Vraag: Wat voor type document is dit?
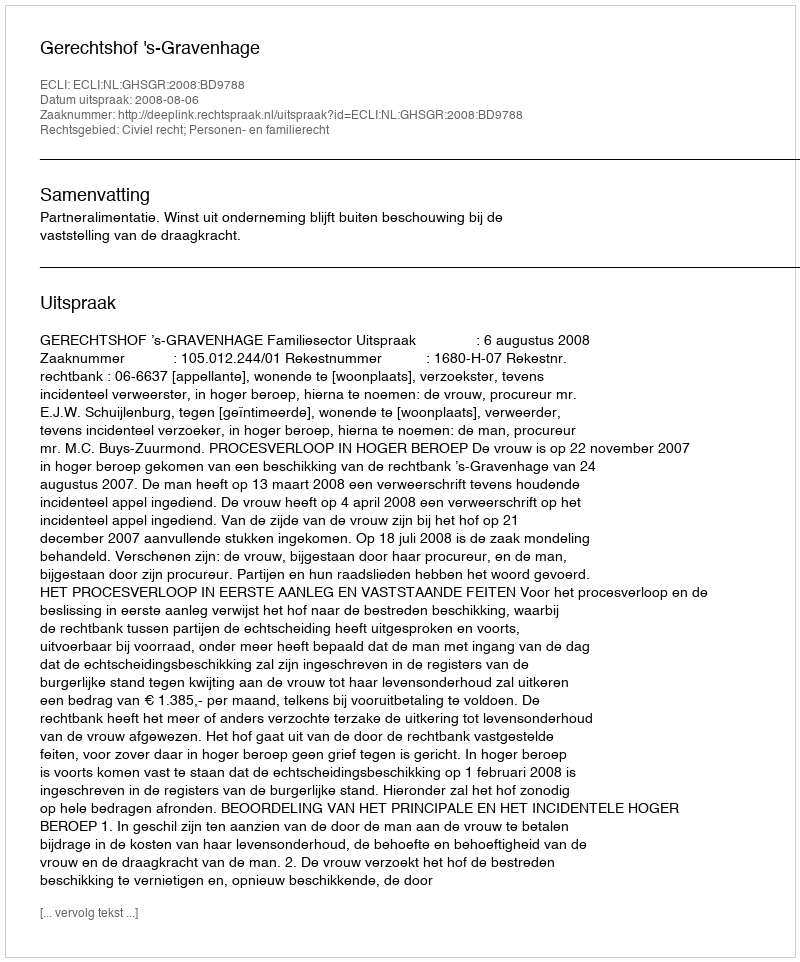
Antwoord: Uitspraak